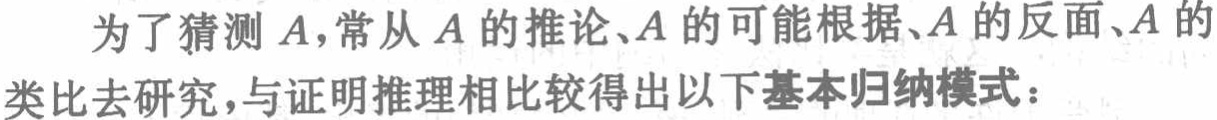
为了猜测 \(A\)，常从 \(A\) 的推论、\(A\) 的可能根据、\(A\) 的反面、\(A\) 的类比去研究，与证明推理相比较得出以下基本归纳模式：